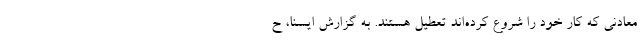
معادنی که کار خود را شروع کرده‌اند تعطیل هستند. به گزارش ایسنا، ح